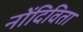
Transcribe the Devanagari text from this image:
नोंदिविता